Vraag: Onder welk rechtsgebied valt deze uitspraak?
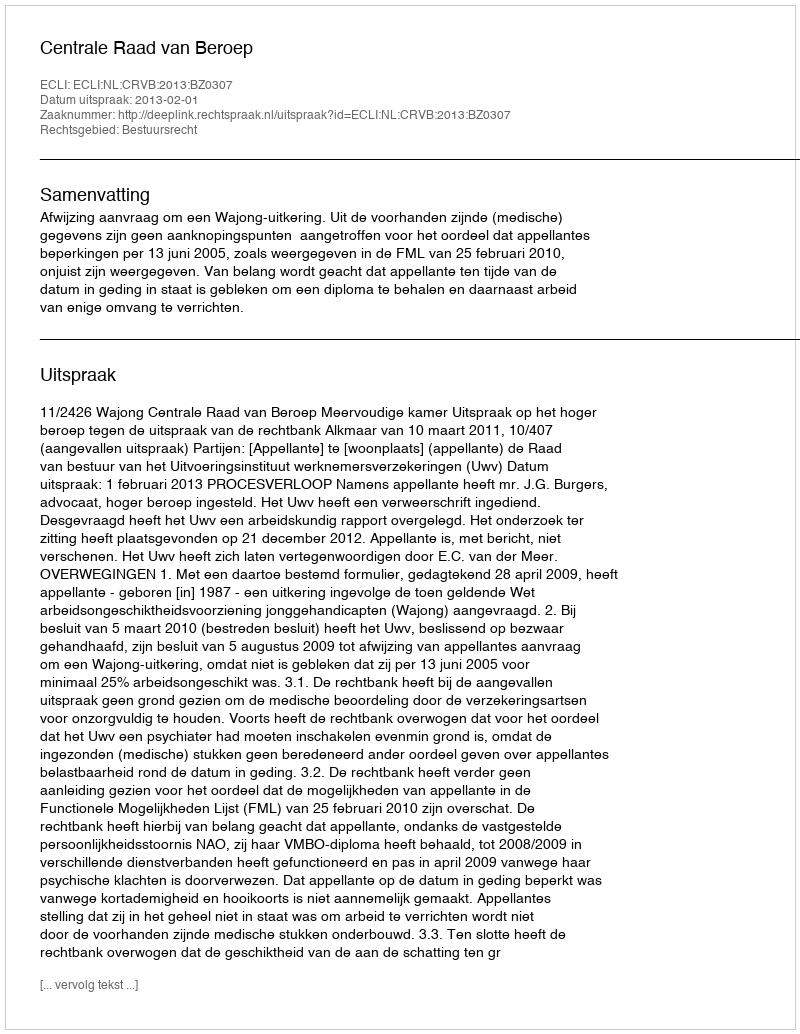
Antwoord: Bestuursrecht